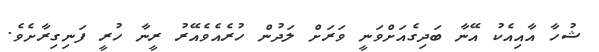
ޝުހާ އާއިއެކު އޭނާ ބަދިގެއަށްވަނީ ވަރަށް ލަދުން ހުރެއެވެއޭރު ރީނާ ހުރީ ފަނިގިރާށެވެ.